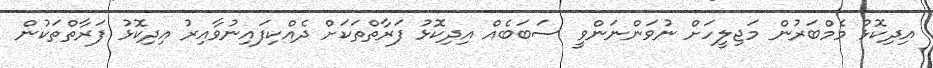
އިދިކޮޅު މެމްބަރުން މަޖިލީހަށް ނުވަންނަންވީ ސަބަބެއް އިދިކޮޅު ފަރާތްތަކަށް ދެއްކިފައިނުވާއިރު އިދިކޮޅު ފަރާތްތަކުން